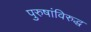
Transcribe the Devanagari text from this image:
पुरुषांविरुद्ध